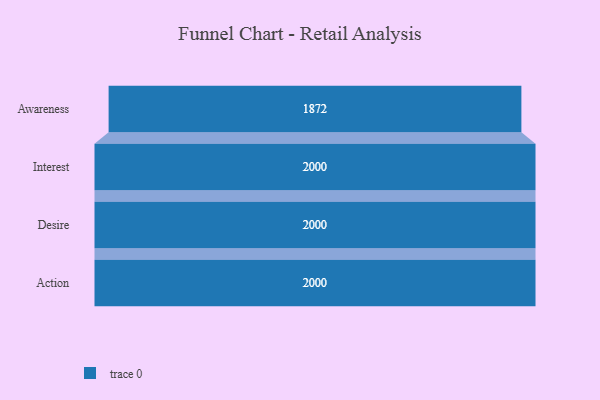
{"axis": {"x": "Stage", "y": "Value"}, "legend": [""], "data": [{"x": "Awareness", "y": 1872.0, "type": ""}, {"x": "Interest", "y": 2000, "type": ""}, {"x": "Desire", "y": 2000, "type": ""}, {"x": "Action", "y": 2000, "type": ""}]}